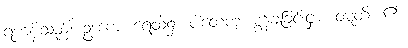
ရဟန်းသည်။ ဥဒကေ၊ ရေထဲ၌။ ပါတေတုံ၊ စွန့်ချခြင်းငှာ။ ဝဋ္ဋတိ၊ ၏။